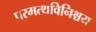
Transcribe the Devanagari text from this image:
परमत्थविनिश्चय